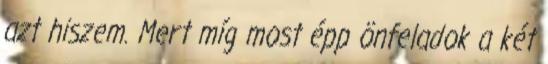
azt hiszem. Mert míg most épp önfeladok a két